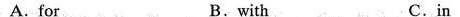
A. for B.with C.in